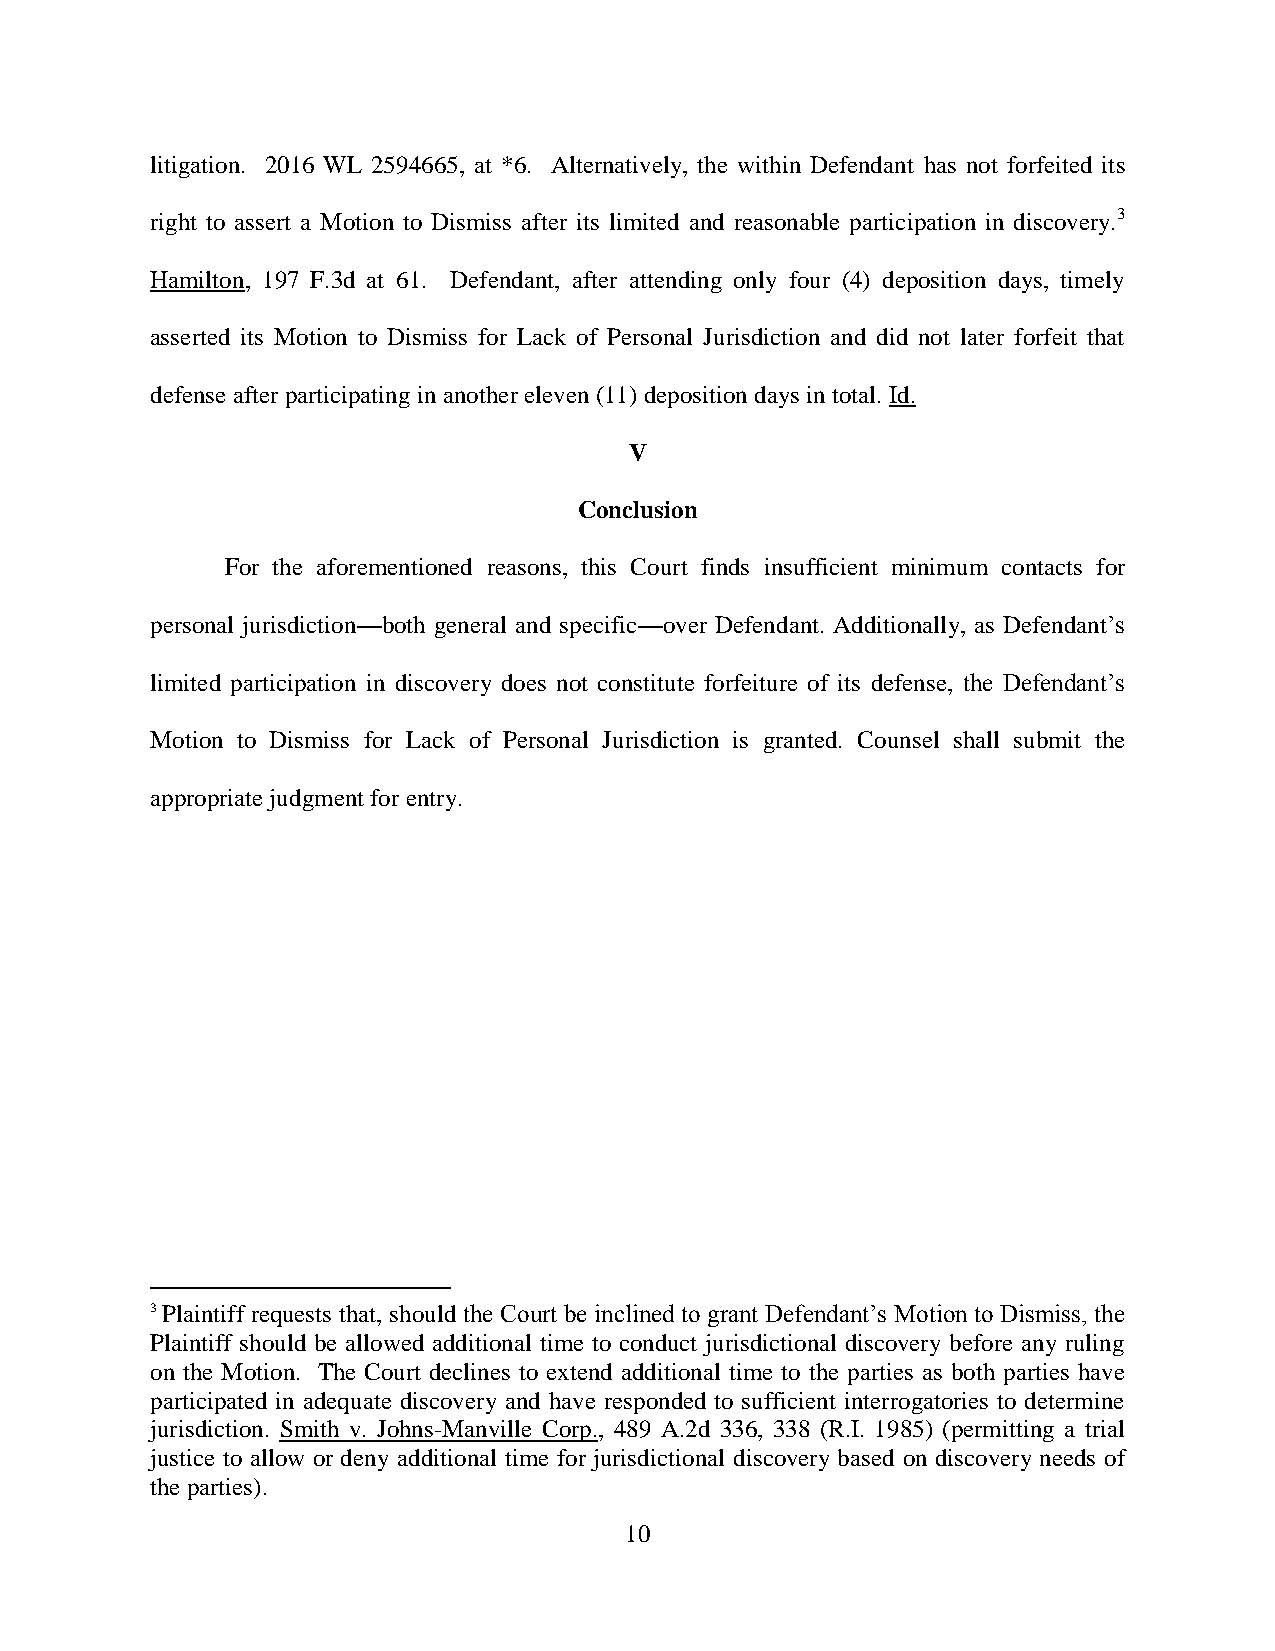
litigation. 2016 WL 2594665, at *6. Alternatively, the within Defendant has not forfeited its
 right to assert a Motion to Dismiss after its limited and reasonable participation in discovery.3
 Hamilton, 197 F.3d at 61. Defendant, after attending only four (4) deposition days, timely
 asserted its Motion to Dismiss for Lack of Personal Jurisdiction and did not later forfeit that
 defense after participating in another eleven (11) deposition days in total. Id.
 V
 Conclusion
 For the aforementioned reasons, this Court finds insufficient minimum contacts for
 personal jurisdiction—both general and specific—over Defendant. Additionally, as Defendant’s
 limited participation in discovery does not constitute forfeiture of its defense, the Defendant’s
 Motion to Dismiss for Lack of Personal Jurisdiction is granted. Counsel shall submit the
 appropriate judgment for entry.
 3 Plaintiff requests that, should the Court be inclined to grant Defendant’s Motion to Dismiss, the
 Plaintiff should be allowed additional time to conduct jurisdictional discovery before any ruling
 on the Motion. The Court declines to extend additional time to the parties as both parties have
 participated in adequate discovery and have responded to sufficient interrogatories to determine
 jurisdiction. Smith v. Johns-Manville Corp., 489 A.2d 336, 338 (R.I. 1985) (permitting a trial
 justice to allow or deny additional time for jurisdictional discovery based on discovery needs of
 the parties).
 10